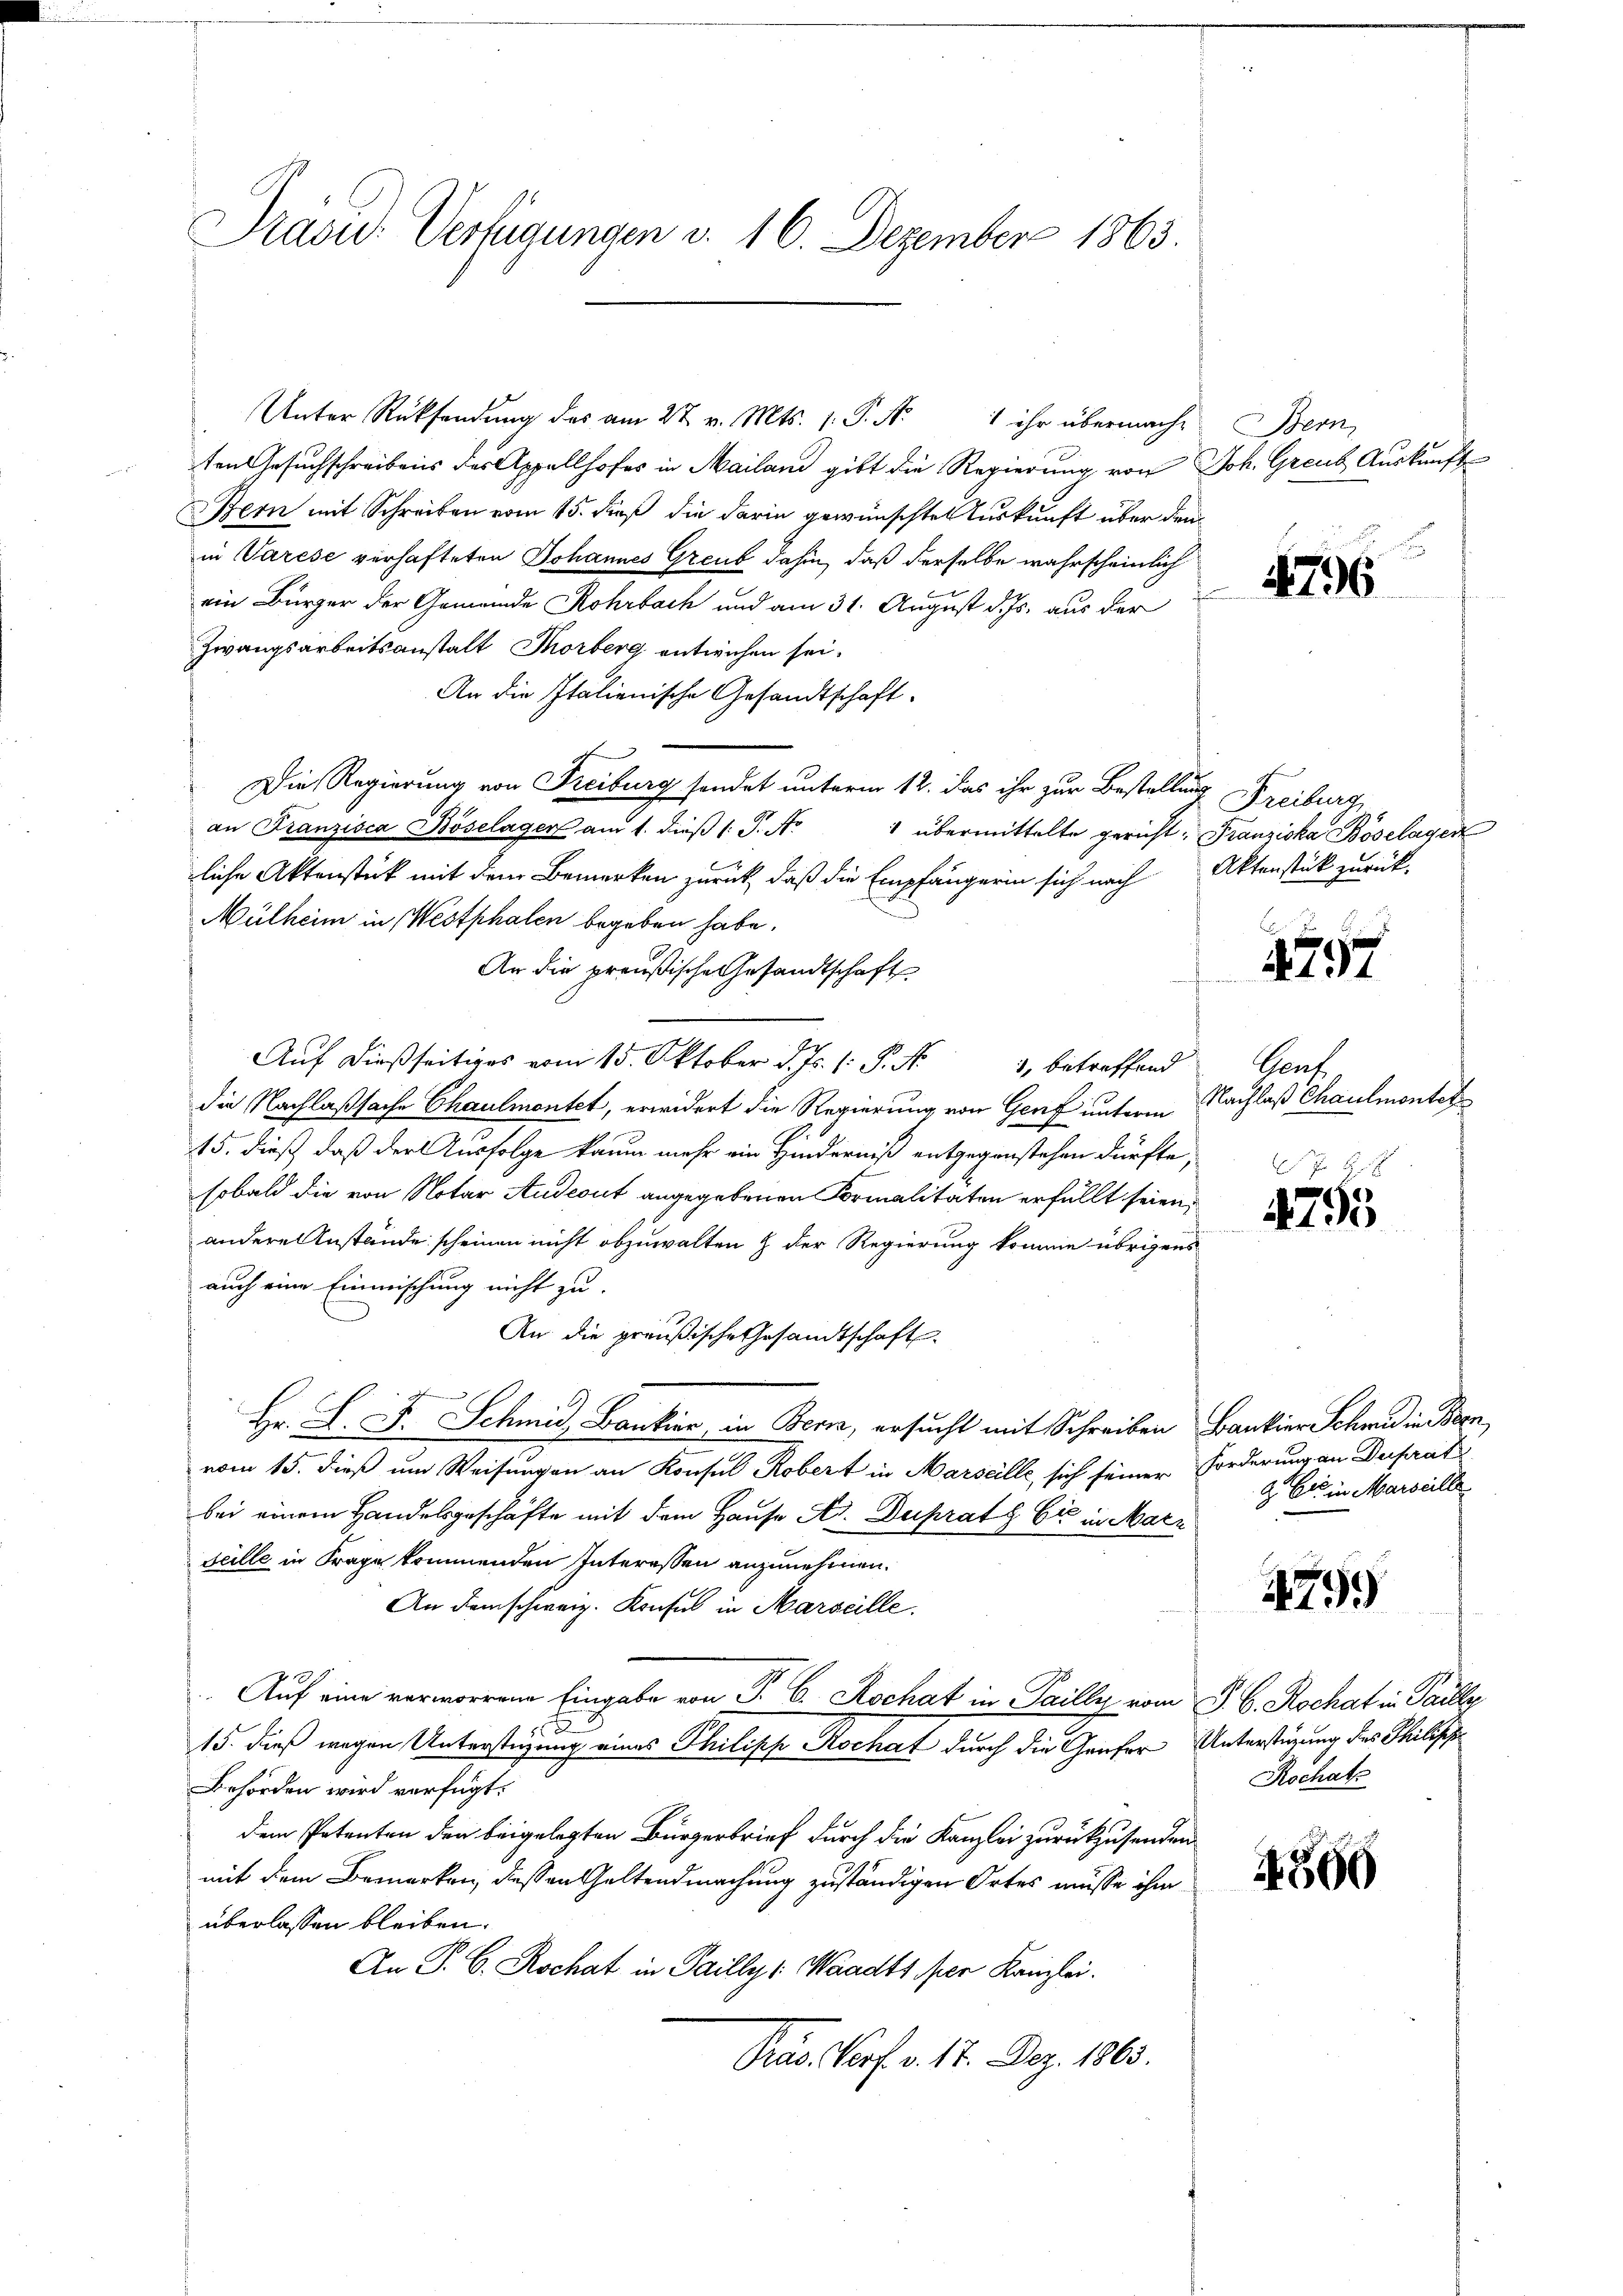
Präsid.- Verfügungen v. 16. Dezember 1863.

Unter Rücksendung des am 27. v. Mts. 1. P. Nr. 1 ihr übermache
ten Gesuchschreibens der Appellhofes in Mailand gibt die Regierung von Joh. Greut Auskunft
Bern mit Schreiben vom 15. daß die darin gewünschten Auskunft über den
in Varese verhafteten Johannes Greub dahin, daß derselbe wahrscheinlich
ein Bürger der Gemeinde Rohrbach und am 31. August d. Js. aus der
Zwangsarbeitsanstalt Thorberg entwichen sei.
An die Italienische Gesandtschaft.
Die Regierung von Freiburg sendet unterm 12. das ihr zur Bestellung Freiburg
an Franzisca Böselager am 1. dieß 1: P. Nr
liche Aktenstück mit dem Bemerken zurück, daß die Empfängerin sich nach Aktenstück zurück-
Mülheim in Westphalen begeben habe.
An die preußische Gesandtschaft
Auf dießseitiges vom 15. Oktober d. Js. 1. P. Nr. 1, betreffend
die Nachlaßsache Chaulmontet, erwidert die Regierung von Genf unterm
15. dieß, daß der Ausfolge kaum mehr ein Hinderniß entgegenstehen dürfte,
sobald die von Notar Audeout angegebenen Formalitäten erfüllt seien,
andere Anstände scheinen nicht abzuwalten & der Regierung komme übrigens
auch eine Einmischung nicht zu.
An die preußische Gesandtschaft
Hr. J. J. Schmid, Bankier, in Bern, ersucht mit Schreiben Bankier Schmid in Bern,
vom 15. dieß um Weisungen an Konsul Robert in Marseille, sich seiner Forderung an Duprat
bei einem Handelsgeschäfte mit dem Hause Hr. Duprat & Cie in Mari
seille in Frage kommenden Interessen anzunehmen.
An dem schweiz. Konsul in Marseille.
Auf eine verworrene Eingabe von Fr. 6. Aschat in Pailly vom J. B. Rochat in Paulle
2
15. dieß wegen Unterstüzung eines Philipp Kochat durch die Genfer Unterstüzung des Philisch
Behörden wird verfügt:
dem Petenten den beigelegten Bürgerbrief durch die Kanzlei zurückzusenden
mit dem Bemerken, dessen Geltendmachung zuständigen Ortes müsse ihm
überlassen bleiben.
An P. C. Rochat in Pailly ( Waadts. per Kanzlei.
Pras Porf. v. 17. Dez. 1863.

formun

Bern,

476

" übermittelte gericht, Franziska Böselagen

4757

Sent
Nachlaß Chaulmontet

I S.
4755

G. Er in Marseille

2799

Rochatz

4560